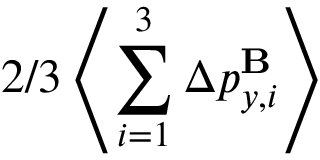
2 / 3 \left\langle \sum _ { i = 1 } ^ { 3 } \Delta p _ { y , i } ^ { \mathbf { B } } \right\rangle